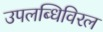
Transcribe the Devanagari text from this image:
उपलब्धिविरल